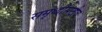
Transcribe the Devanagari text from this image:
समृध्दीसाठीच